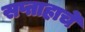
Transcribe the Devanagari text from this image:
सप्ताहाचे